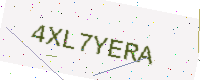
Text: 4XL7YERA